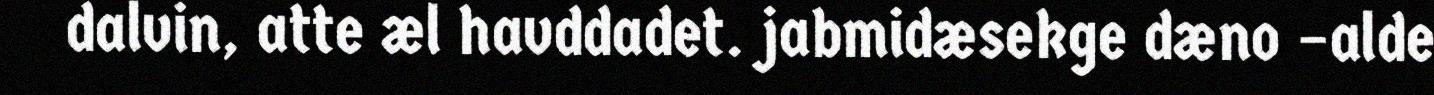
dalvin, atte æl havddadet. jabmidæsekge dæno –alde